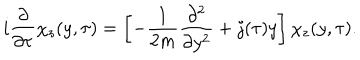
LaTeX: i \frac { \partial } { \partial \tau } \chi _ { z } ( y , \tau ) = \left[ - \frac { 1 } { 2 m } \frac { \partial ^ { 2 } } { \partial y ^ { 2 } } + j ( \tau ) y \right] \chi _ { z } ( y , \tau ) .